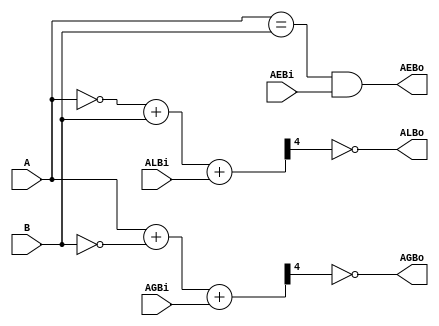
/* -----------------------------------------------------------------
 *  Arquivo   : comparador_85.v
 *  Projeto   : Experiencia 3 - Um Fluxo de Dados Simples
 * -----------------------------------------------------------------
 * Descricao : comparador de magnitude de 4 bits 
 *             similar ao CI 7485
 *             baseado em descricao comportamental disponivel em	
 * https://web.eecs.umich.edu/~jhayes/iscas.restore/74L85b.v
 * -----------------------------------------------------------------
 * Revisoes  :
 *     Data        Versao  Autor             Descricao
 *     21/12/2023  1.0     Edson Midorikawa  criacao
 * -----------------------------------------------------------------
 */

module comparador_85 (ALBi, AGBi, AEBi, A, B, ALBo, AGBo, AEBo);

    input[3:0] A, B;
    input      ALBi, AGBi, AEBi;
    output     ALBo, AGBo, AEBo;
    wire[4:0]  CSL, CSG;

    assign CSL  = ~A + B + ALBi;
    assign ALBo = ~CSL[4];
    assign CSG  = A + ~B + AGBi;
    assign AGBo = ~CSG[4];
    assign AEBo = ((A == B) && AEBi);

endmodule /* comparador_85 */